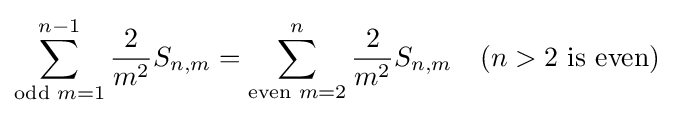
\sum _{{\text{odd }}m=1}^{n-1}{\frac {2}{m^{2}}}S_{n,m}=\sum _{{\text{even }}m=2}^{n}{\frac {2}{m^{2}}}S_{n,m}\quad (n>2{\text{ is even}})